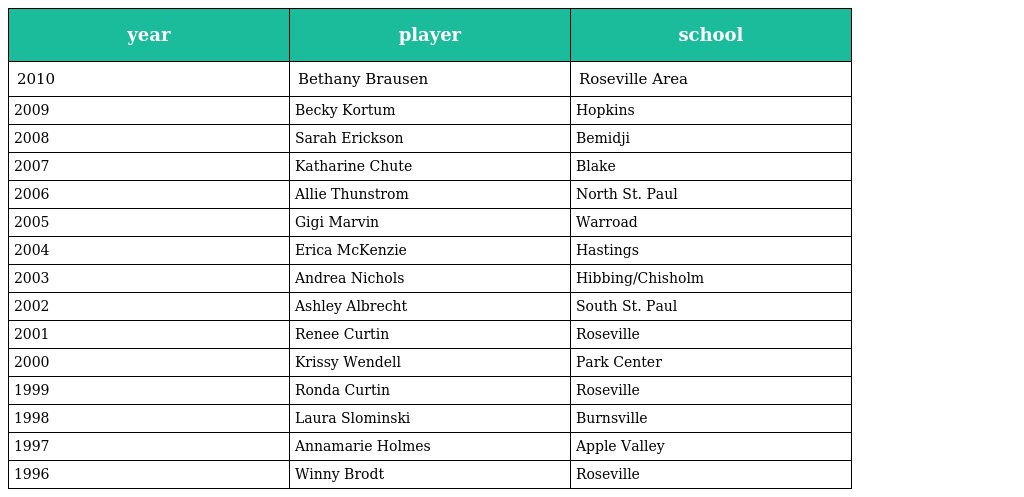
| year | player | school |
 | --- | --- | --- |
 | 2010 | Bethany Brausen | Roseville Area |
 | 2009 | Becky Kortum | Hopkins |
 | 2008 | Sarah Erickson | Bemidji |
 | 2007 | Katharine Chute | Blake |
 | 2006 | Allie Thunstrom | North St. Paul |
 | 2005 | Gigi Marvin | Warroad |
 | 2004 | Erica McKenzie | Hastings |
 | 2003 | Andrea Nichols | Hibbing/Chisholm |
 | 2002 | Ashley Albrecht | South St. Paul |
 | 2001 | Renee Curtin | Roseville |
 | 2000 | Krissy Wendell | Park Center |
 | 1999 | Ronda Curtin | Roseville |
 | 1998 | Laura Slominski | Burnsville |
 | 1997 | Annamarie Holmes | Apple Valley |
 | 1996 | Winny Brodt | Roseville |